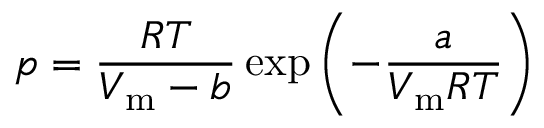
p = { \frac { R T } { V _ { \mathrm { m } } - b } } \exp \left( - { \frac { a } { V _ { \mathrm { m } } R T } } \right)